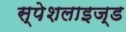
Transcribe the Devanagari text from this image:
स्पेशलाइज्ड